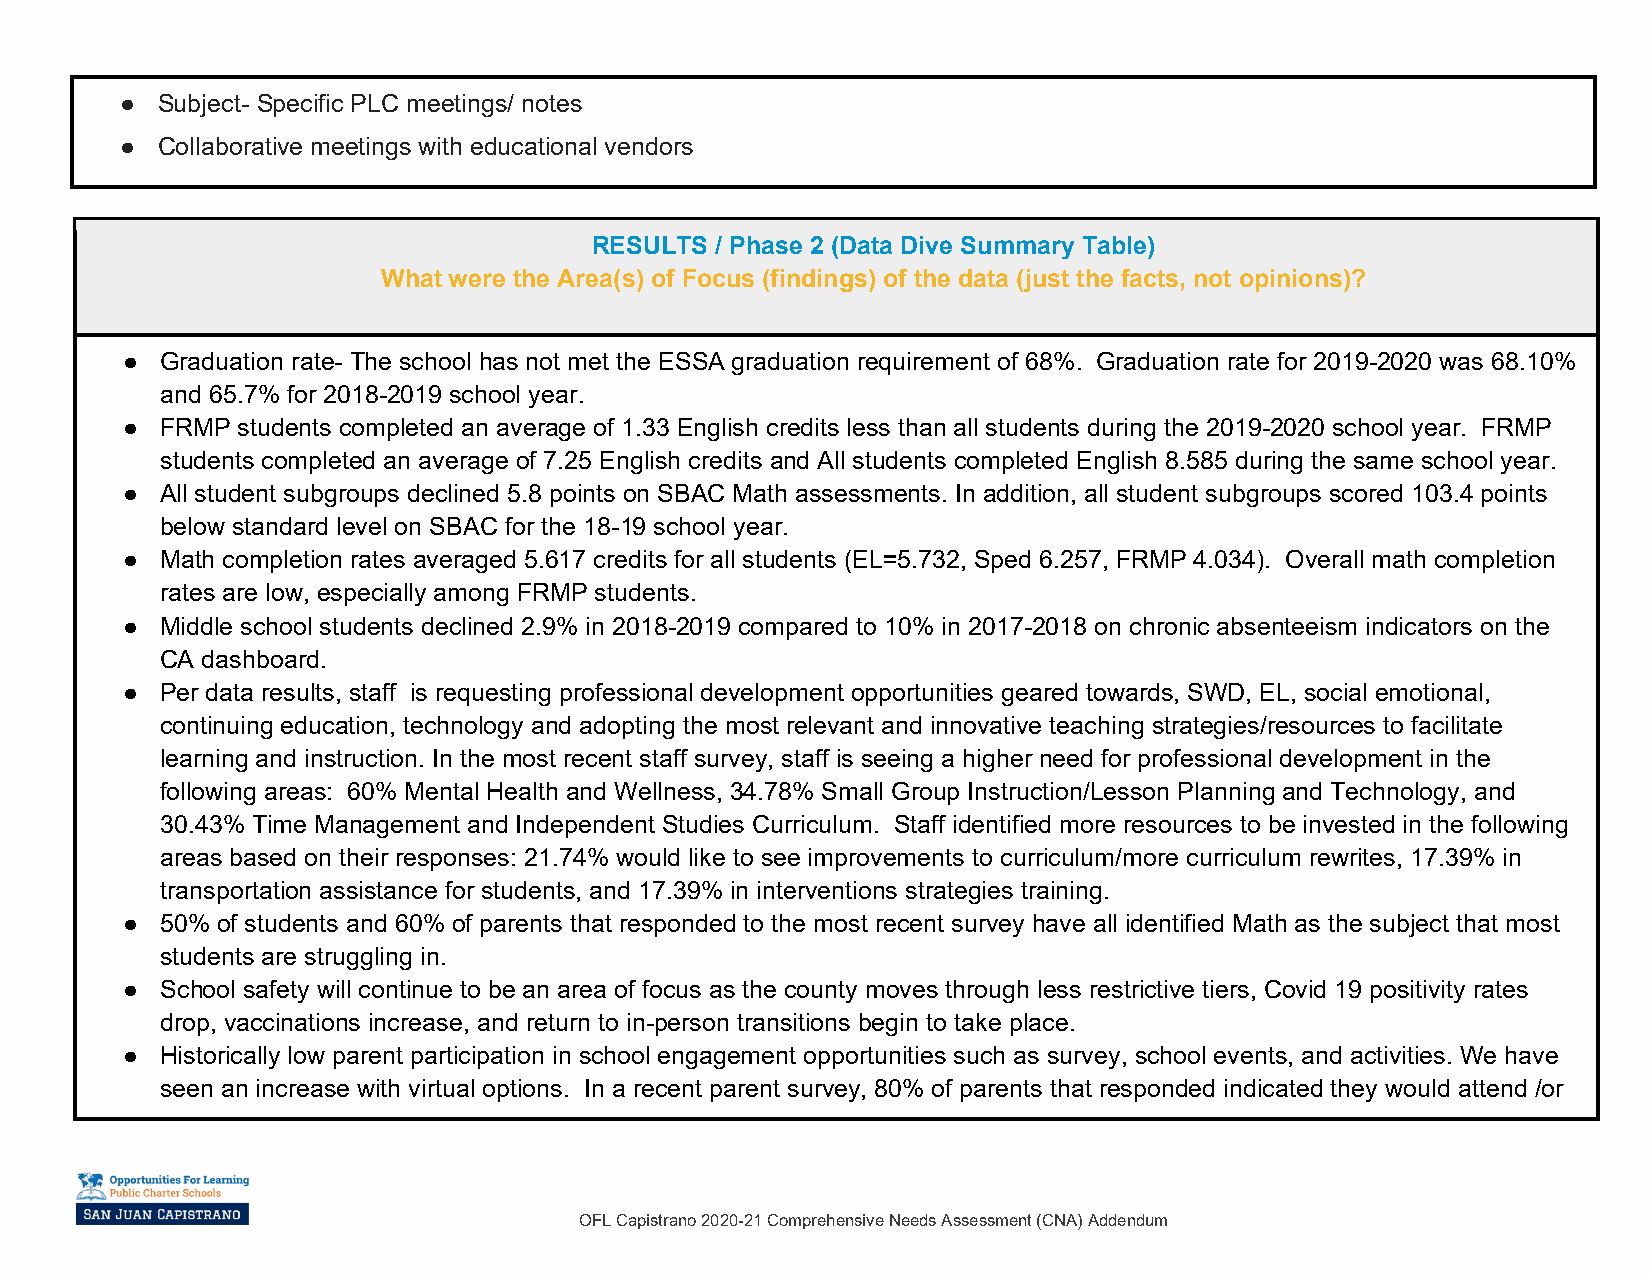
● Subject- Specific PLC meetings/ notes
 ● Collaborative meetings with educational vendors
 RESULTS / Phase 2 (Data Dive Summary Table)
 What were the Area(s) of Focus (findings) of the data (just the facts, not opinions)?
 ●  Graduation rate- The school has not met the ESSA graduation requirement of 68%. Graduation rate for 2019-2020 was 68.10%
 and 65.7% for 2018-2019 school year.
 ●  FRMP students completed an average of 1.33 English credits less than all students during the 2019-2020 school year. FRMP
 students completed an average of 7.25 English credits and All students completed English 8.585 during the same school year.
 ●  All student subgroups declined 5.8 points on SBAC Math assessments. In addition, all student subgroups scored 103.4 points
 below standard level on SBAC for the 18-19 school year.
 ●  Math completion rates averaged 5.617 credits for all students (EL=5.732, Sped 6.257, FRMP 4.034). Overall math completion
 rates are low, especially among FRMP students.
 ●  Middle school students declined 2.9% in 2018-2019 compared to 10% in 2017-2018 on chronic absenteeism indicators on the
 CA dashboard.
 ●  Per data results, staff is requesting professional development opportunities geared towards, SWD, EL, social emotional,
 continuing education, technology and adopting the most relevant and innovative teaching strategies/resources to facilitate
 learning and instruction. In the most recent staff survey, staff is seeing a higher need for professional development in the
 following areas: 60% Mental Health and Wellness, 34.78% Small Group Instruction/Lesson Planning and Technology, and
 30.43% Time Management and Independent Studies Curriculum. Staff identified more resources to be invested in the following
 areas based on their responses: 21.74% would like to see improvements to curriculum/more curriculum rewrites, 17.39% in
 transportation assistance for students, and 17.39% in interventions strategies training.
 ●  50% of students and 60% of parents that responded to the most recent survey have all identified Math as the subject that most
 students are struggling in.
 ●  School safety will continue to be an area of focus as the county moves through less restrictive tiers, Covid 19 positivity rates
 drop, vaccinations increase, and return to in-person transitions begin to take place.
 ●  Historically low parent participation in school engagement opportunities such as survey, school events, and activities. We have
 seen an increase with virtual options. In a recent parent survey, 80% of parents that responded indicated they would attend /or
 OFL Capistrano 2020-21 Comprehensive Needs Assessment (CNA) Addendum